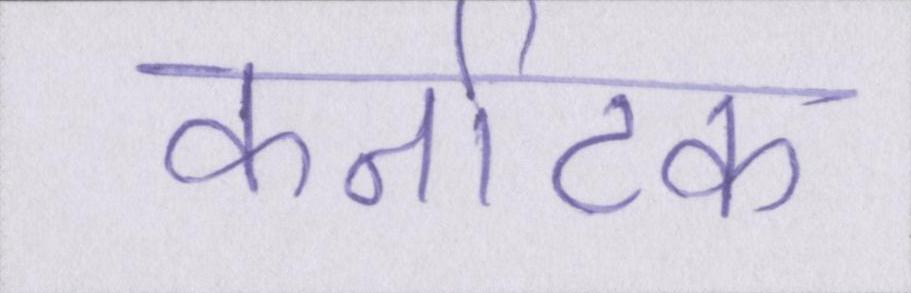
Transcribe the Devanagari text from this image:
कर्नाटक